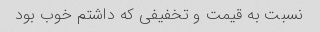
نسبت به قیمت و تخفیفی که داشتم خوب بود